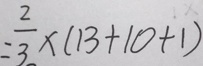
= \frac { 2 } { 3 } \times ( 1 3 + 1 0 + 1 )